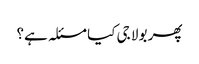
پھر بولا جی کیا مسئلہ ہے؟